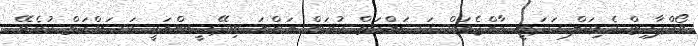
ވޯކްޕާމިޓް މެޑިކަލް ހަދަނީ ރާއްޖެއަށް މަސައްކަތް ކުރަން އަންނަ ބިދޭސީންއަކީ މަސައްކަތް ކުރެވޭ